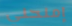
إمنحني